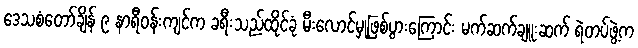
ဒေသစံတော်ချိန် ၉ နာရီဝန်းကျင်က ခရီးသည်ထိုင်ခုံ မီးလောင်မှုဖြစ်ပွားကြောင်း မက်ဆက်ချူးဆက် ရဲတပ်ဖွဲ့က